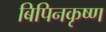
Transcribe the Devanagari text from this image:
बिपिनकृष्ण